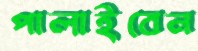
পালাইবেন